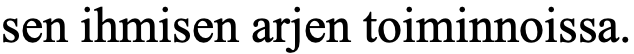
sen ihmisen arjen toiminnoissa.